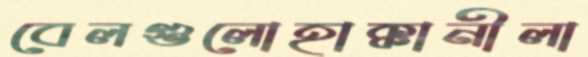
বেলগুলোহাক্কানীলা